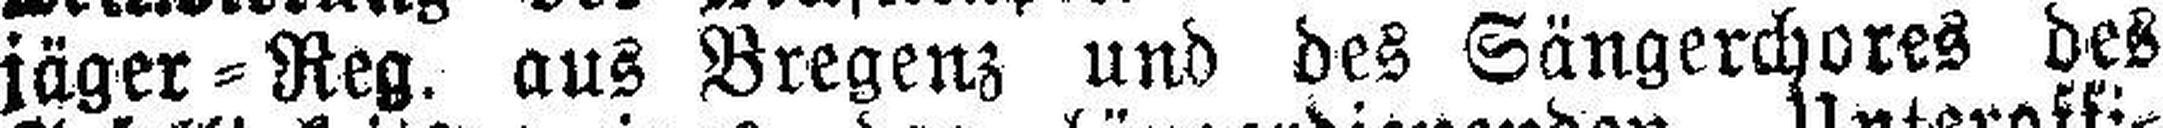
jäger=Reg. aus Bregenz und des Sängerchores des